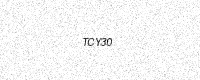
Text: TCY30